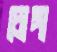
চোঙ্গা